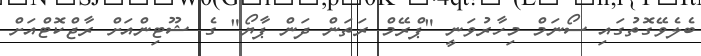
ބެލެވޭގޮތުގައި ސޯނަމް މިހާރުވަނީ "ޕްރޭމް ރަތަން ދަން ޕާޔޯ" ގެ ޝޫޓިންއަށް ރާޖްކޮޓްއަށް